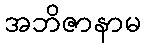
အဘိဇာနာမ